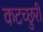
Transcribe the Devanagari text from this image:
कटच्छुरी